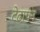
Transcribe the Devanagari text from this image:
टेढा़पन